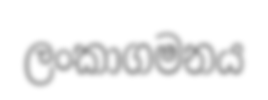
ලංකාගමනය